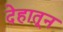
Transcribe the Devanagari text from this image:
देहातून